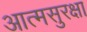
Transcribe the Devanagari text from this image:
आत्मसुरक्षा